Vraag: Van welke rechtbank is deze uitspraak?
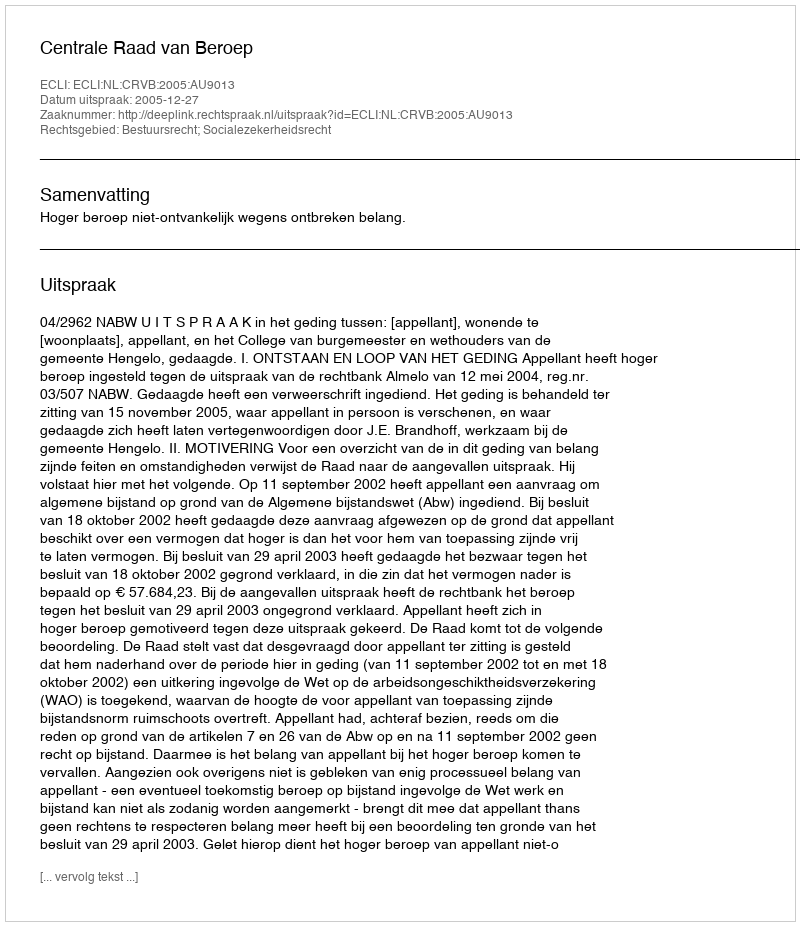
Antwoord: Centrale Raad van Beroep